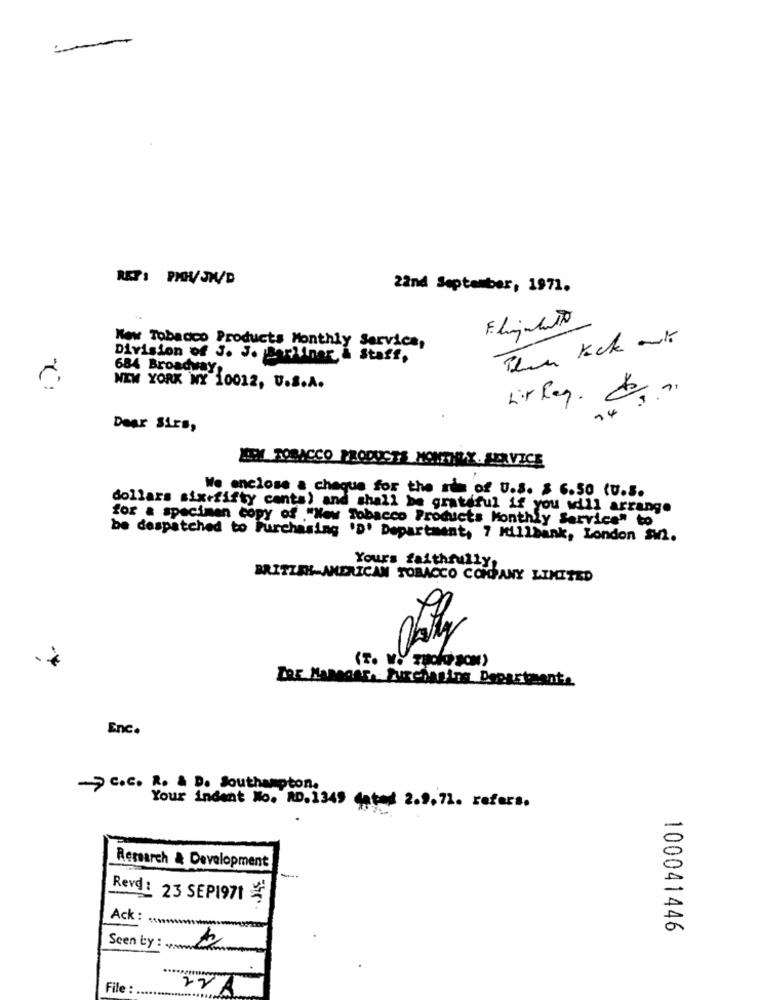
RET: PHH/JH/D
22nd September, 1971.
New Tobacco Products Monthly Service,
Division of J. J. Barliner,& Staff,
684 Broadway
NEW YORK WY 10012, U.S.A.
hir Rey. & ..
24
Dear Sirs,
HIM TOBACCO PRODUCTS MONTHLY. SERVICE
We enclose a chaque for the rim of U.S. $ 6.50 (U.S.
dollars sixtfifty cents) and shall be grateful if you will arrange
for & specimen copy of ."New Tobacco Products Monthly Service" to
be despatched to Purchasing 'D' Department, 7 Millbank, London Sw2.
Yours faithfully.
BRITZEH-AMERICAN TOBACCO COMPANY LIMITED
Las Mananas, Purchasing Departmente
Enc.
C.c. R & D. Southampton.
Your indent No. RD.1349 gated 2.9. 72. refers.
-
Research & Development
Revd: 23 SEP1971
Ack :
à
100041446
Scen by : www.
File :
22